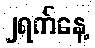
၂ရက်နေ့